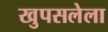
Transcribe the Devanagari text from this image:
खुपसलेला